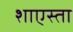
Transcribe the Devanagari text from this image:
शाएस्ता